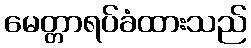
မေတ္တာရပ်ခံထားသည်